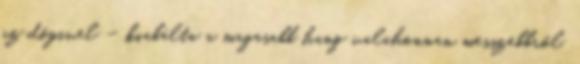
az dögivel – kiabálta a magasabb hang valahonnan messzebbről.